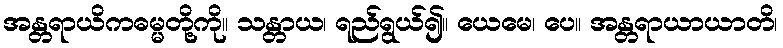
အန္တရာယိကဓမ္မတို့ကို။ သန္တာယ၊ ရည်ရွယ်၍။ ယေမေ၊ ပေ။ အန္တရာယာယာတိ၊